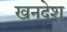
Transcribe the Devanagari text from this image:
खनदेश